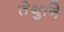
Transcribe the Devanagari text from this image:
तेथुनि